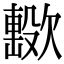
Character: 𣤢